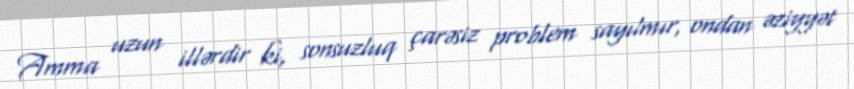
Amma uzun illərdir ki, sonsuzluq çarəsiz problem sayılmır, ondan əziyyət